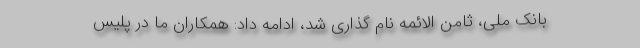
بانک ملی، ثامن الائمه نام گذاری شد، ادامه داد: همکاران ما در پلیس